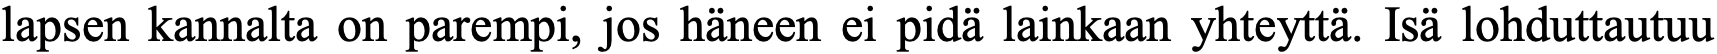
lapsen kannalta on parempi, jos häneen ei pidä lainkaan yhteyttä. Isä lohduttautuu